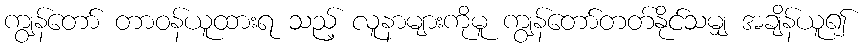
ကျွန်တော် တာဝန်ယူထားရ သည့် လူနာများကိုမူ ကျွန်တော်တတ်နိုင်သမျှ အချိန်ယူ၍